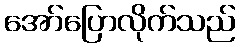
အော်ပြောလိုက်သည်